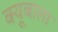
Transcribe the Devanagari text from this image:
क्यूबाला